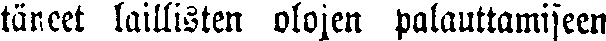
täneet laillisten olojen palauttamiseen